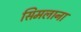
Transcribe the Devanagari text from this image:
सिमलाना